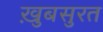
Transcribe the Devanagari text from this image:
ख़ुबसुरत